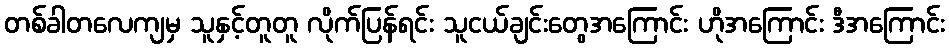
တစ်ခါတလေကျမှ သူနှင့်တူတူ လိုက်ပြန်ရင်း သူငယ်ချင်းတွေအကြောင်း ဟိုအကြောင်း ဒီအကြောင်း